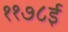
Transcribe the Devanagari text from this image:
११७८ई